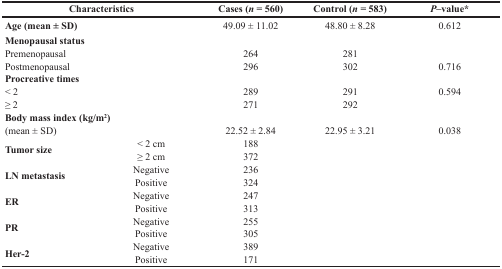
<table><thead><tr><td colspan="2"><b>Characteristics</b></td><td><b>Cases (<i>n</i> = 560)</b></td><td><b>Control (<i>n</i> = 583)</b></td><td><b><i>P</i>–value*</b></td></tr></thead><tbody><tr><td><b>Age (mean ± SD)</b></td><td></td><td>49.09 ± 11.02</td><td>48.80 ± 8.28</td><td>0.612</td></tr><tr><td><b>Menopausal status</b></td><td></td><td></td><td></td><td></td></tr><tr><td>Premenopausal</td><td></td><td>264</td><td>281</td><td></td></tr><tr><td>Postmenopausal</td><td></td><td>296</td><td>302</td><td>0.716</td></tr><tr><td><b>Procreative times</b></td><td></td><td></td><td></td><td></td></tr><tr><td>&lt; 2</td><td></td><td>289</td><td>291</td><td>0.594</td></tr><tr><td>≥ 2</td><td></td><td>271</td><td>292</td><td></td></tr><tr><td><b>Body mass index (kg/m<sup>2</sup>)</b></td><td></td><td></td><td></td><td></td></tr><tr><td>(mean ± SD)</td><td></td><td>22.52 ± 2.84</td><td>22.95 ± 3.21</td><td>0.038</td></tr><tr><td rowspan="2"><b>Tumor size</b></td><td>&lt; 2 cm</td><td>188</td><td></td><td></td></tr><tr><td>≥ 2 cm</td><td>372</td><td></td><td></td></tr><tr><td rowspan="2"><b>LN metastasis</b></td><td>Negative</td><td>236</td><td></td><td></td></tr><tr><td>Positive</td><td>324</td><td></td><td></td></tr><tr><td rowspan="2"><b>ER</b></td><td>Negative</td><td>247</td><td></td><td></td></tr><tr><td>Positive</td><td>313</td><td></td><td></td></tr><tr><td rowspan="2"><b>PR</b></td><td>Negative</td><td>255</td><td></td><td></td></tr><tr><td>Positive</td><td>305</td><td></td><td></td></tr><tr><td rowspan="2"><b>Her-2</b></td><td>Negative</td><td>389</td><td></td><td></td></tr><tr><td>Positive</td><td>171</td><td></td><td></td></tr></tbody></table>